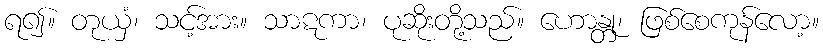
ရ၍။ တုယှံ၊ သင့်အား။ သာဋကာ၊ ပုဆိုးတို့သည်။ ဟောန္တု၊ ဖြစ်စေကုန်လော့။